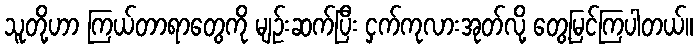
သူတို့ဟာ ကြယ်တာရာတွေကို မျဉ်းဆက်ပြီး ငှက်ကုလားအုတ်လို့ တွေ့မြင်ကြပါတယ်။